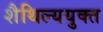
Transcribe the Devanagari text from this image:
शैथिल्ययुक्त